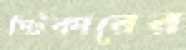
স্টিকারের